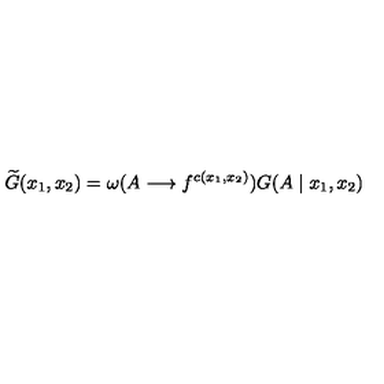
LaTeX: \widetilde { G } ( x _ { 1 } , x _ { 2 } ) = \omega ( A \longrightarrow f ^ { c ( x _ { 1 } , x _ { 2 } ) } ) G ( A \mid x _ { 1 } , x _ { 2 } )